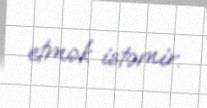
etmək istəmir.